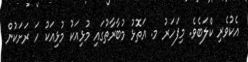
އެކުވެރި ކްލަބެވެ. މިފަހަރު މ. އަތޮޅު މުބާރާތުގައި މުޅިއަކު މުޅިއަކު ހަ ރަށަކުން